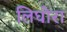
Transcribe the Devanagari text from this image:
लिघोरा